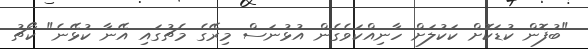
"ބުފޮން ކުޑަކޮށް ކަކުލަށް ހާނިއްކަވެގެން އުޅުނަސް މިރޭގެ މެޗުގައި އޭނާ ކުޅޭނެ" ކޯޗު